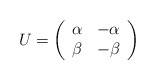
\begin{align*}U=\left(\begin{array}{cc} \alpha& -\alpha \\ \beta& -\beta \end{array}\right)\end{align*}